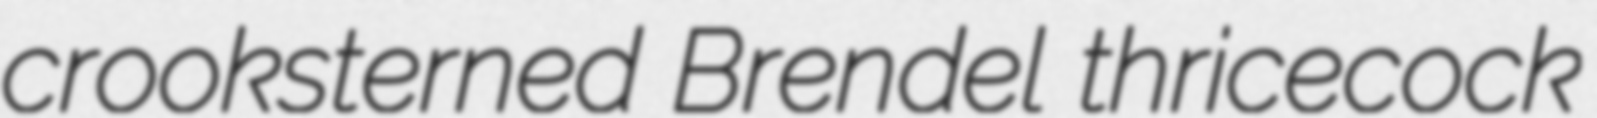
crooksterned Brendel thricecock